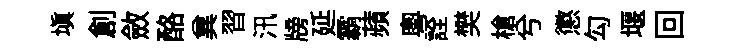
塡創斂酪兾習汛牓延霸蘋粤詮樊槍兮懲勾堰回